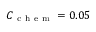
C _ { \mathrm { ~ c ~ h ~ e ~ m ~ } } = 0 . 0 5